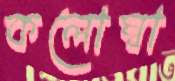
কলোম্বা